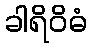
ခါရိဝိဓံ